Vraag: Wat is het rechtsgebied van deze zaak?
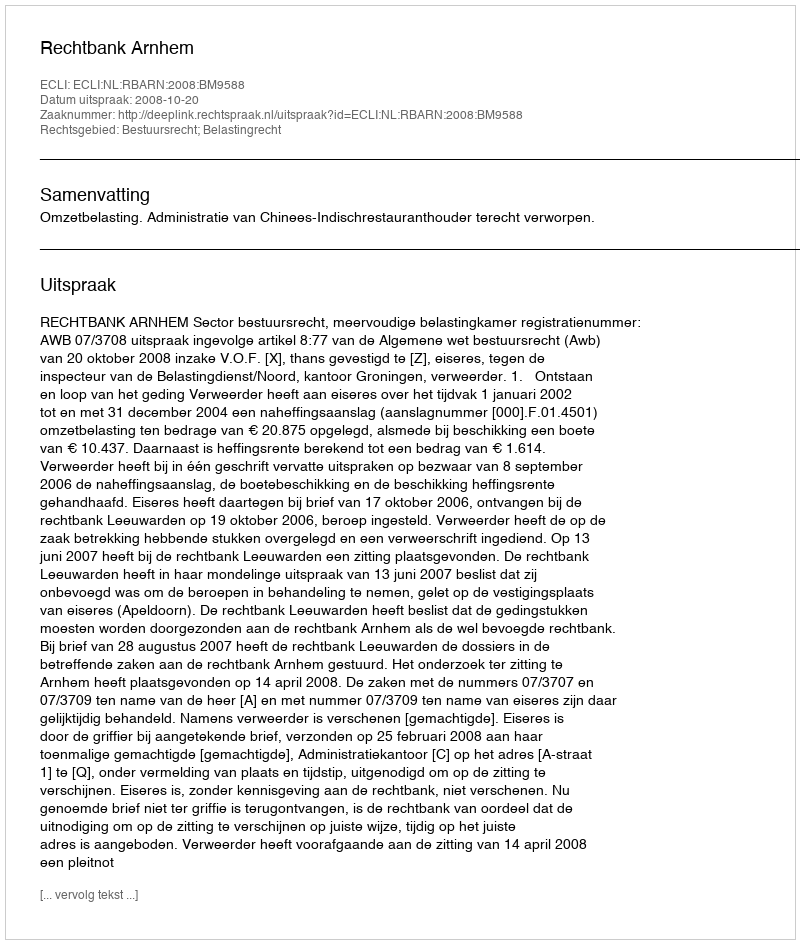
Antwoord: Bestuursrecht; Belastingrecht